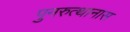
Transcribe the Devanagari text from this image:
पुनरुत्थानास